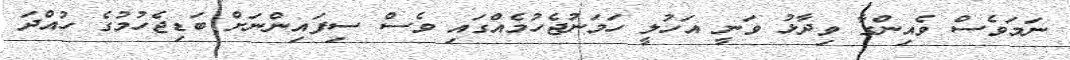
ނަމަވެސް ވެއިންގާ ވިދާޅު ވަނީ އަހުލީ ހަމަނުޖެހުމެއްގައި ވެސް ސިފައިންނަށް ބަޑިޖެހުމުގެ ހުއްދަ